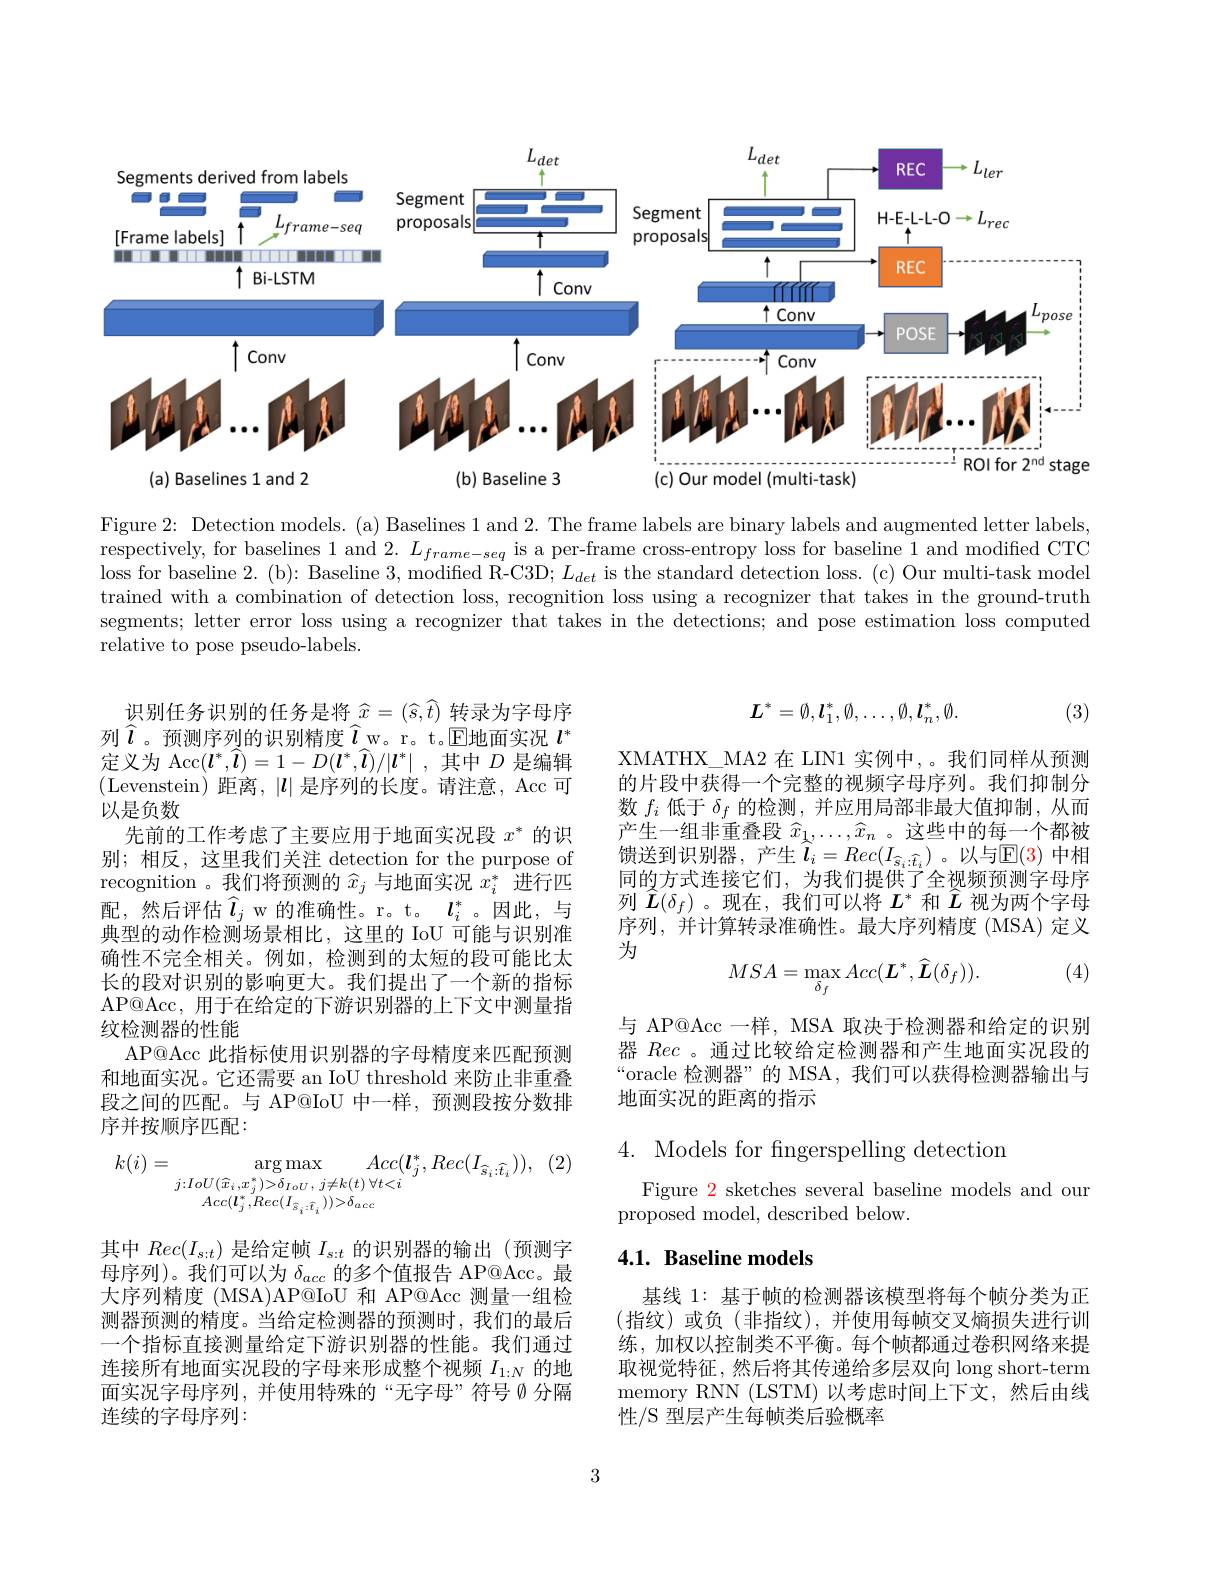
<FigureHere>

Figure 2: Detection models.(a) Baselines 1 and 2. The frame labels are binary labels and augmented letter labels, respectively, for baselines 1 and $2.L_frame-seq$ is a per-frame cross-entropy loss for baseline 1 and modified CTC loss for baseline 2. (b): Baseline 3, modified R-C3D; $L_det$ is the standard detection loss. (c) Our multi-task model trained with a combination of detection loss, recognition loss using a recognizer that takes in the ground-truth segments; letter error loss using a recognizer that takes in the detections; and pose estimation loss computed relative to pose pseudo-labels.
$$L^*=\emptyset,l_1^*,\emptyset,\ldots,\emptyset,l_n^*,\emptyset.$$
(3)

XMATHX\_MA2 在 LIN1 实例中，。我们同样从预测的片段中获得一个完整的视频字母序列。我们抑制分数$f_i$低于$\delta_f$的检测，并应用局部非最大值抑制，从而产生一组非重叠段$\widehat{x}_1,\ldots,\widehat{x}_n$ 。这些中的每一个都被馈送到识别器，产生$\widehat{l}_i=Rec(I_{\widehat{s}_i:\widehat{t}_i})$。以与E(3) 中相同的方式连接它们，为我们提供了全视频预测字母序列$\widehat{\boldsymbol{L}}(\delta_f)$ 。现在，我们可以将$L^*$和$\widehat{L}$视为两个字母序列，并计算转录准确性。最大序列精度(MSA)定义为

$\underset{\sim}{\operatorname*{\text{识别任务识别的任务是将}}}\widehat{x}=(\widehat{s},\widehat{t})\underline{\text{ 转录为字母序}}$ 列$\widehat{l}$。预测序列的识别精度$\widehat{l}$w。r。t.E地面实况 $l^*$ 定义为$\operatorname { Acc} ( \boldsymbol{l}^* , \widehat{\boldsymbol{l}} ) = 1- D( \boldsymbol{l}^* , \widehat{\boldsymbol{l}} ) / | \boldsymbol{l}^* |$ ,其中$D$是编辑(Levenstein)距离，$|\boldsymbol l|$ 是序列的长度。请注意，$\operatorname{Acc}$可以是负数
先前的工作考虑了主要应用于地面实况段$x^*$的识别；相反，这里我们关注 detection for the purpose of recognition 。我们将预测的$\widehat{x}_j$与地面实况$x_i^*$进行匹配，然后评估$\widehat{l}_j$ w 的准确性。r。t。$\boldsymbol l_i^*$。因此，与典型的动作检测场景相比，这里的 IoU 可能与识别准确性不完全相关。例如，检测到的太短的段可能比太长的段对识别的影响更大。我们提出了一个新的指标AP@Acc, 用于在给定的下游识别器的上下文中测量指纹检测器的性能
AP@Acc 此指标使用识别器的字母精度来匹配预测和地面实况。它还需要 an IoU threshold 来防止非重叠段之间的匹配。与 AP@IoU 中一样，预测段按分数排序并按顺序匹配：
$$\begin{aligned}k(i)&=\arg\max_{j:IoU(\widehat{x}_{i},x_{j}^{*})>\delta_{IoU},\:j\neq k(t)\:\forall t<i}Acc(\boldsymbol{l}_{j}^{*},Rec(I_{\widehat{s}_{i}:\widehat{t}_{i}})),\\&Acc(\boldsymbol{l}_{j}^{*},Rec(I_{\widehat{s}_{i}:\widehat{t}_{i}}))>\delta_{acc}\end{aligned}$$
(4)
$$MSA=\max_{\delta_f}Acc(\boldsymbol{L}^*,\widehat{\boldsymbol{L}}(\delta_f)).$$
与 AP@Acc 一样，MSA 取决于检测器和给定的识别器Rec 。通过比较给定检测器和产生地面实况段的“oracle 检测器”的 MSA,我们可以获得检测器输出与地面实况的距离的指示

4. Models for fngerspelling detection

Figure 2 sketches several baseline models and our
proposed model, described below.

## 4.1. Baseline models

其中$Rec(I_{s:t})$是给定帧$I_s:t$的识别器的输出(预测字母序列)。我们可以为$\delta_acc$的多个值报告 AP@Acc。最大序列精度 (MSA)AP@IoU 和 AP@Acc 测量一组检测器预测的精度。当给定检测器的预测时，我们的最后一个指标直接测量给定下游识别器的性能。我们通过连接所有地面实况段的字母来形成整个视频$I_{1:N}$的地面实况字母序列，并使用特殊的“无字母”符号 Ø 分隔连续的字母序列：

基线 1: 基于帧的检测器该模型将每个帧分类为正(指纹)或负(非指纹),并使用每帧交叉熵损失进行训练，加权以控制类不平衡。每个帧都通过卷积网络来提取视觉特征，然后将其传递给多层双向 long short-term memory RNN (LSTM)以考虑时间上下文，然后由线性/S 型层产生每帧类后验概率

3